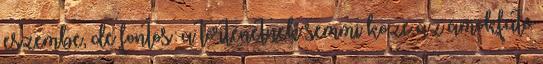
eszembe, de fontos: a történetnek semmi köze az ámokfutó